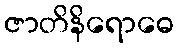
ဇာတိနိရောဓေ